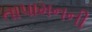
તાપામનની